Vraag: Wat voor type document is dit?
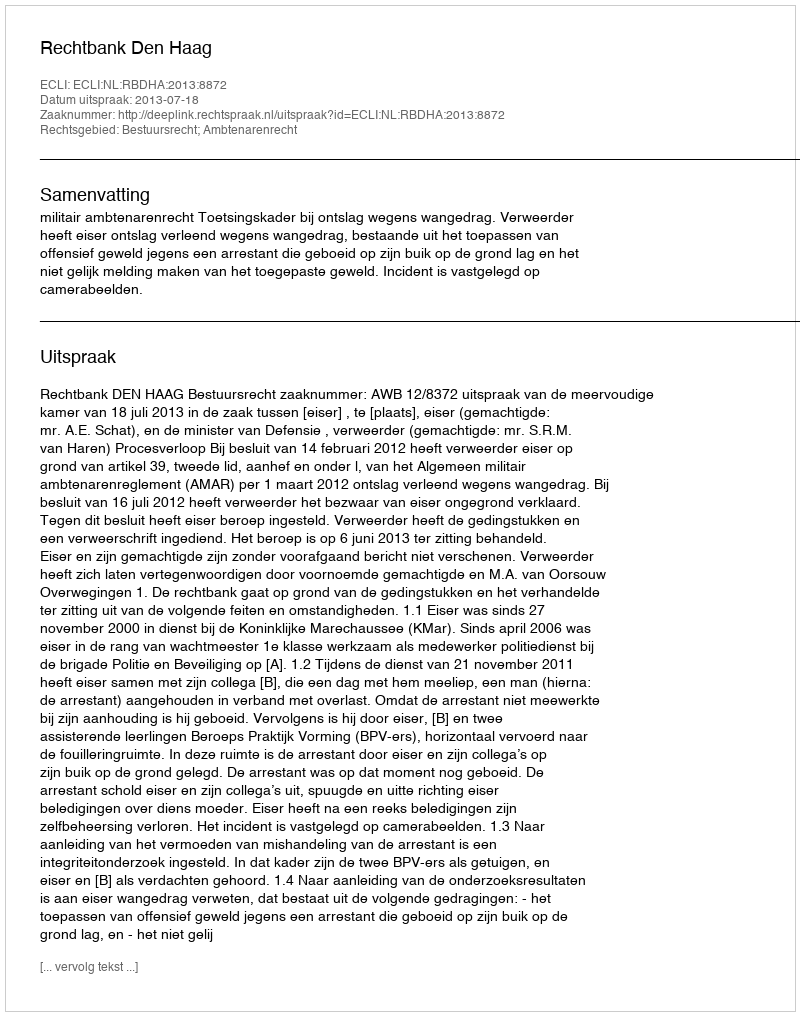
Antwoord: Uitspraak